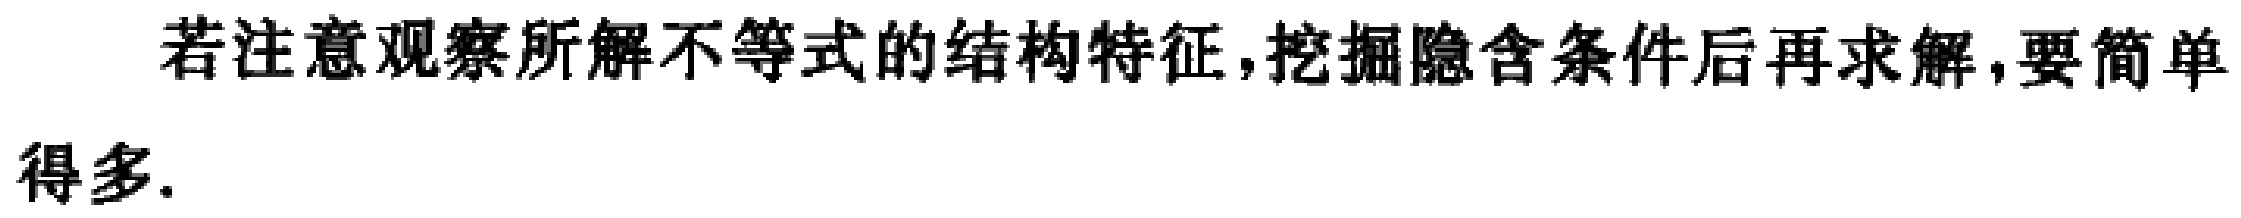
若注意观察所解不等式的结构特征,挖掘隐含条件后再求解,要简单得多.